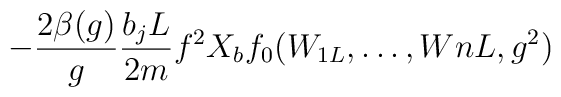
-\frac{2\beta(g)}{g}\frac{b_jL}{2m}f^2X_bf_0(W_{1L},\ldots,W{nL},g^2)